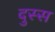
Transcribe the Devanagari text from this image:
दुस्स